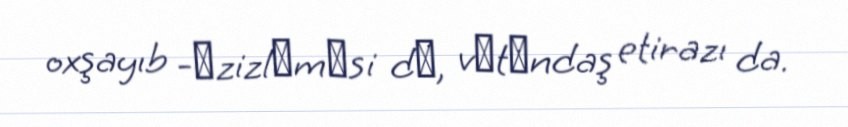
oxşayıb -әzizlәmәsi dә, vәtәndaş etirazı da.